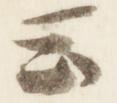
云